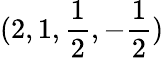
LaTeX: (2,1,\frac{1}{2},-\frac{1}{2})